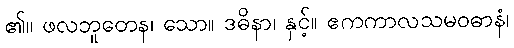
၏။ ဖလဘူတေန၊ သော။ ဒဓိနာ၊ နှင့်။ ဧကကာလသမဝဓာနံ၊